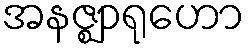
အနဇ္ဈာရုဟော